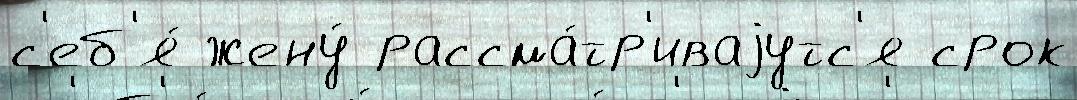
с'еб'я́ жену́ рассма́тр'иваjутс'я срок